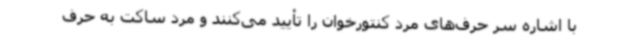
با اشاره سر حرف‌های مرد کنتورخوان را تأیید می‌کنند و مرد ساکت به حرف